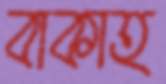
বাকাহ